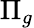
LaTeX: \Pi_{g}